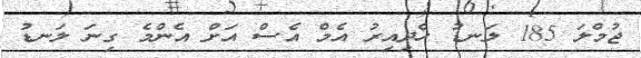
ޖުމްލަ 185 ލަނޑު ހެދިއިރު އެމް އެސް އަށް އެންމެ ގިނަ ލަނޑު